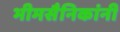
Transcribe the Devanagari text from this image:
भीमसैनिकांनी